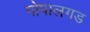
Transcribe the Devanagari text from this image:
गोपालगड